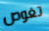
تغوص